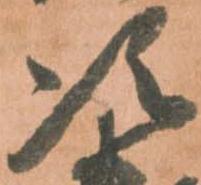
次